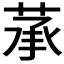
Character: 𦲶